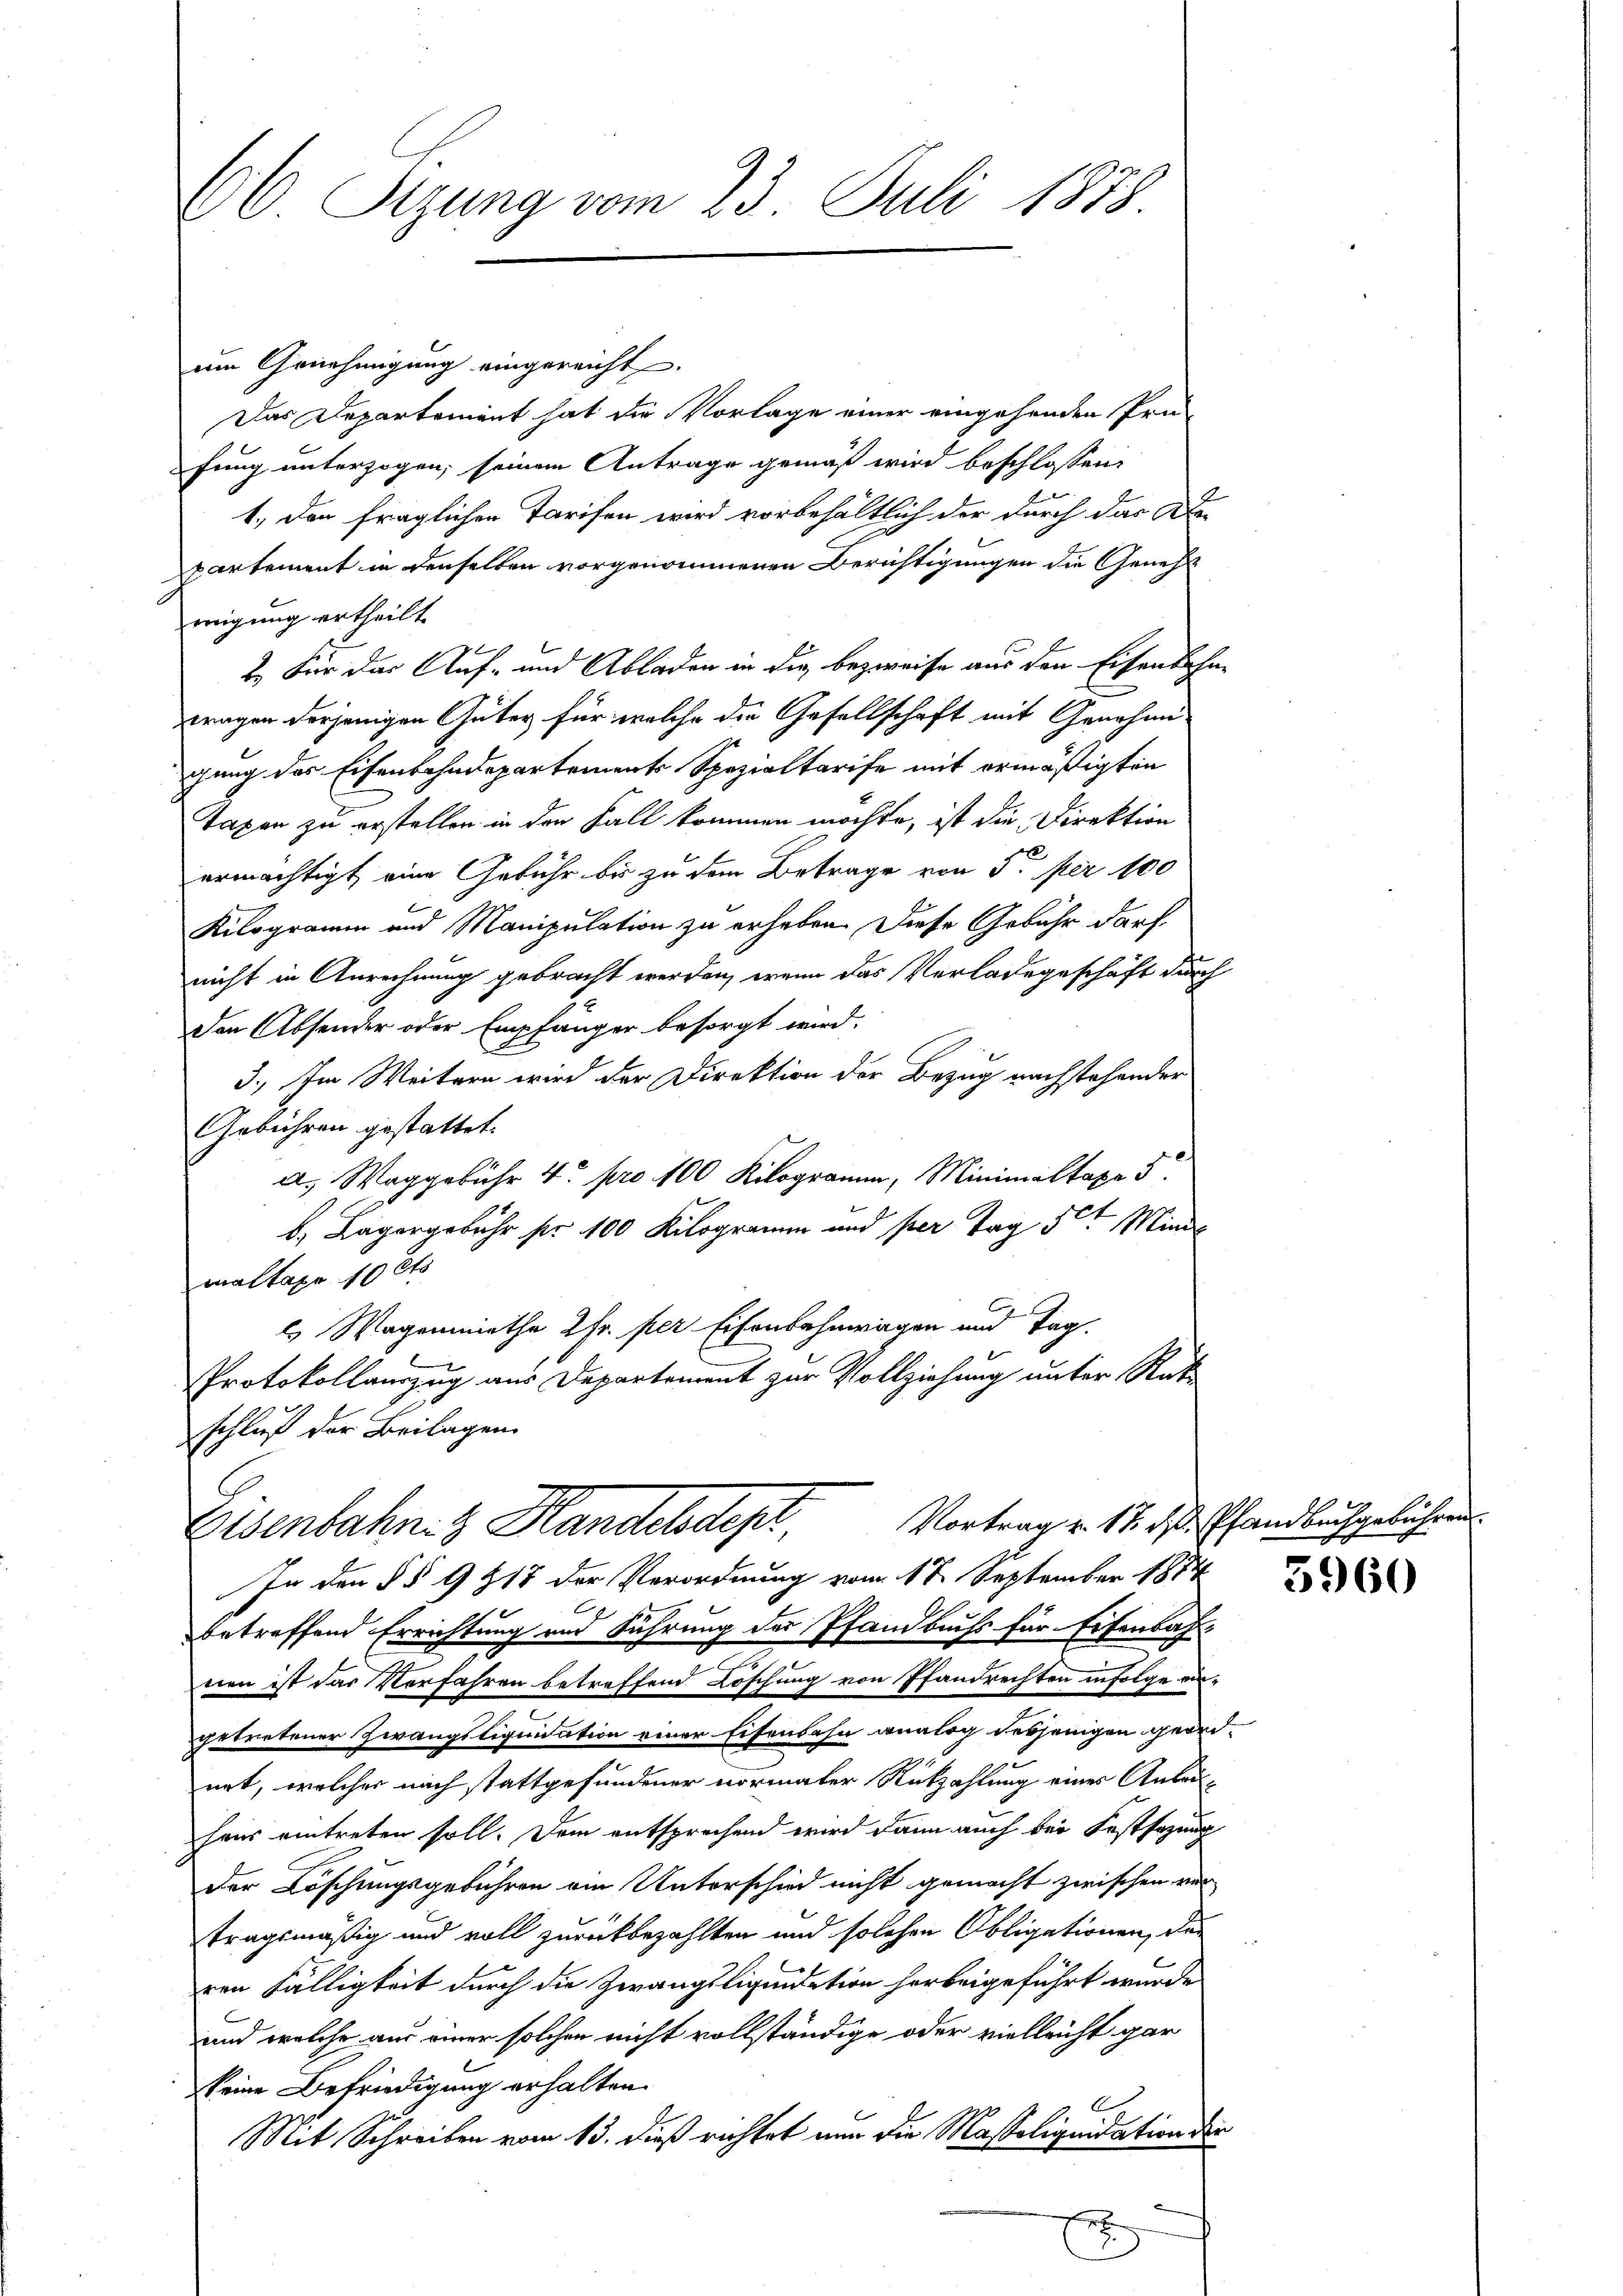
6 Sizung vom 23. Juli 1878

um Genehmigung eingereicht
Das Departement hat die Vorlage einer eingehenden Prüfung unterzogen, seinem Antrage gemäß wird beschlossen:
1., den fraglichen Tarifen wird vorbehältlich der durch das De-
partement in denselben vorgenommenen Berichtigungen die Genehmigung ertheilt
2. Für der Auf- und Abladen in die bezweife aus den Eisenbahne
tragen derjenigen Güter für welche die Gesellschaft mit Genehmi-
gung des Eisenbahndepartements Spezialtarife mit ermäßigten
Taxen zu erstellen in den Fall kommen möchte, ist die Direktion
ermächtigt, eine Gebühr bis zu dem Betrage von 5. per 100
Kilogramm und Manipulation zu erheben. Diese Gebühr darf
nicht in Anrechnung gebracht werden, wenn das Verladegeschäft durch
den Absender oder Empfänger besorgt wird.
3.) Im Weitern wird der Direktion der Bezug nachstehender
Gebühren gestattet.
a. Waggebühr 4 pro 100 Kilogramm, Minimaltaxe 5
b.) Laporgebühr pr 100 Kilogramm und per Tag 5t Minis
maltapo 10 Cts
ls Wagenmiethe 2 Fr. per Eisenbahnwagen und Tag.
Protokollauszug aus Departement zur Vollziehung unter Rat
schluß der Beilagen
Vortrag v. 17. d. Pfandbuchgebühren.
Eisenbahn z. Handeldest
In den §§ 9218 der Verordnung vom 17. September 1874.
x
betreffend Errichtung von Führung der Pfandbuchs für Eisenbah
nen ist das Vorfahren betreffend Löschung von Pfandrechten infolge eingetretener Zwangstiquidation einer Eisenbahn analog desjenigen geordnet, welcher nach stattgefundener normater Rückzahlung eines Anleihaus eintreten soll. Dem entsprechend wird dann auch bei Festsazung
der Löschungsgebühren ein Unterschied nicht gemacht zwischen ver
tragsmäßig und voll zurückbezahlten und solchen Obligationen, den
ren Fälligkeit durch die Zwangsliquidation herbeigeführt wurde.
und welche aus einer solchen nicht vollständige oder vielleicht gar
keine Befriedigung erhalten.
Mit Schreiben vom 13. dieß richtet nun die Massoliquidation der
x

5960